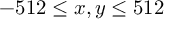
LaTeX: - 5 1 2 \leq x , y \leq 5 1 2